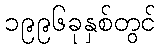
၁၉၉၆ခုနှစ်တွင်